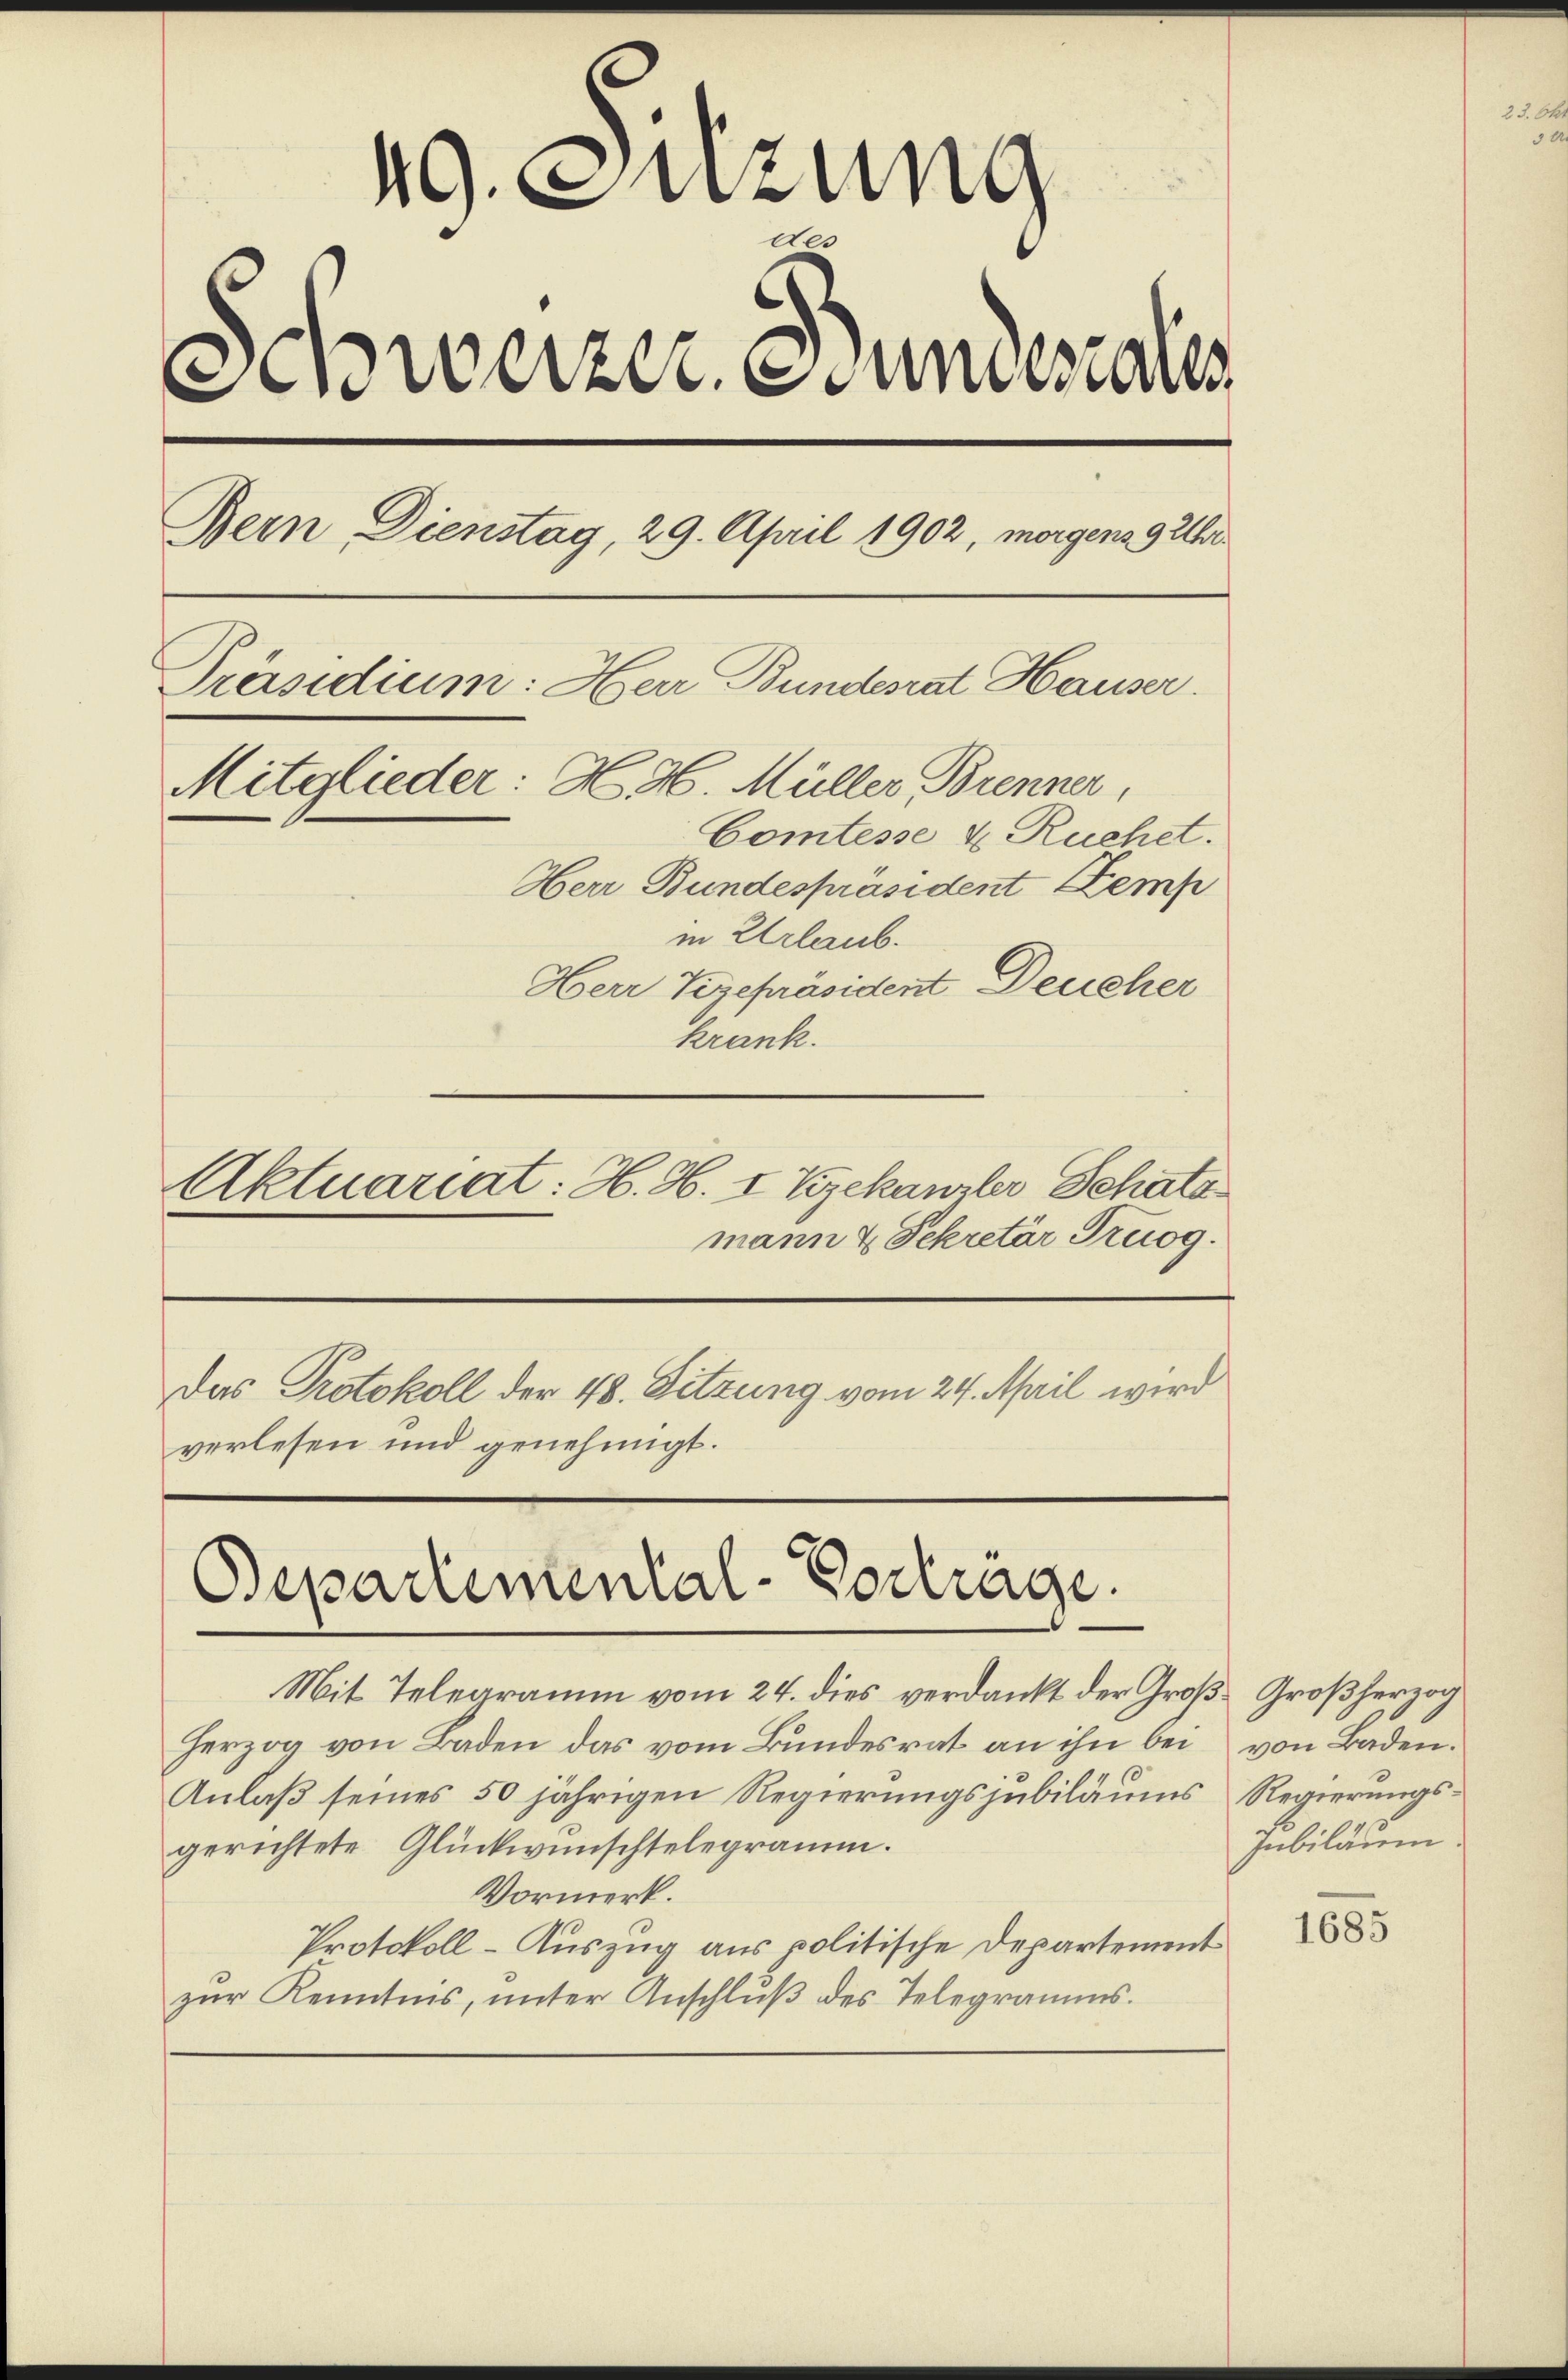
49. Suzung
der
Schweizer. Stundesrates
Bern Dienstag, 29. April 1902, morgens 9 Uhr
Präsidium: Herr Bundesrat Hauser.
Mitglieder: N. 26. Müller Brenner,
Comtesse u. Ruchet.
Herr Bundespräsident Kemp
in Urlaub.
Herr Vizepräsident Deucher
krank.

Aktuariat: H. H. I Vizekanzler Schätz

mann & Sekretär Truog.
Das Protokoll der 48. Sitzung vom 24. April wird
verlesen und genehmigt.

Departentental-Vortrage.

Mit Telegramm vom 24. dies verdankt der Große Großherzog
Herzog von Baden das vom Bundesrat an ihn bei von Baden.
Anlaß seines 50 jährigen Regierungsjubiläums Regierungsgerichtete Glückwünschtelegramm.
Vormerk.
Protokoll - Auszug aus politische Departement
zur Kenntnis, unter Anschluß des Telegramms.

Inbiläum.

1685